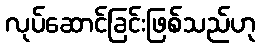
လုပ်ဆောင်ခြင်းဖြစ်သည်ဟု